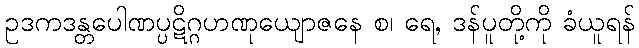
ဥဒကဒန္တပေါဏပ္ပဋိဂ္ဂဟဏုယျောဇနေ စ၊ ရေ, ဒန်ပူတို့ကို ခံယူရန်